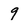
Character: 9